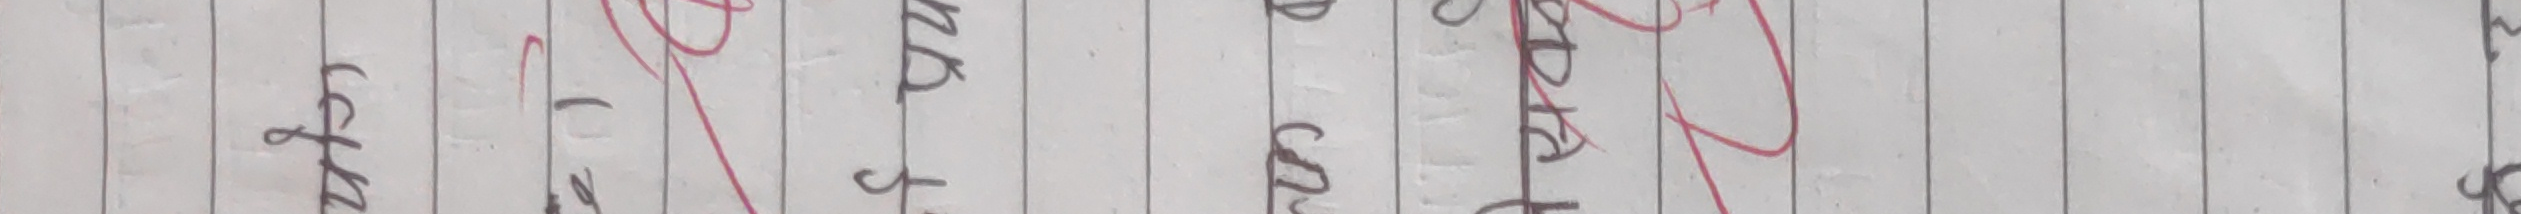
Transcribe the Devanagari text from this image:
लेट गर्दा